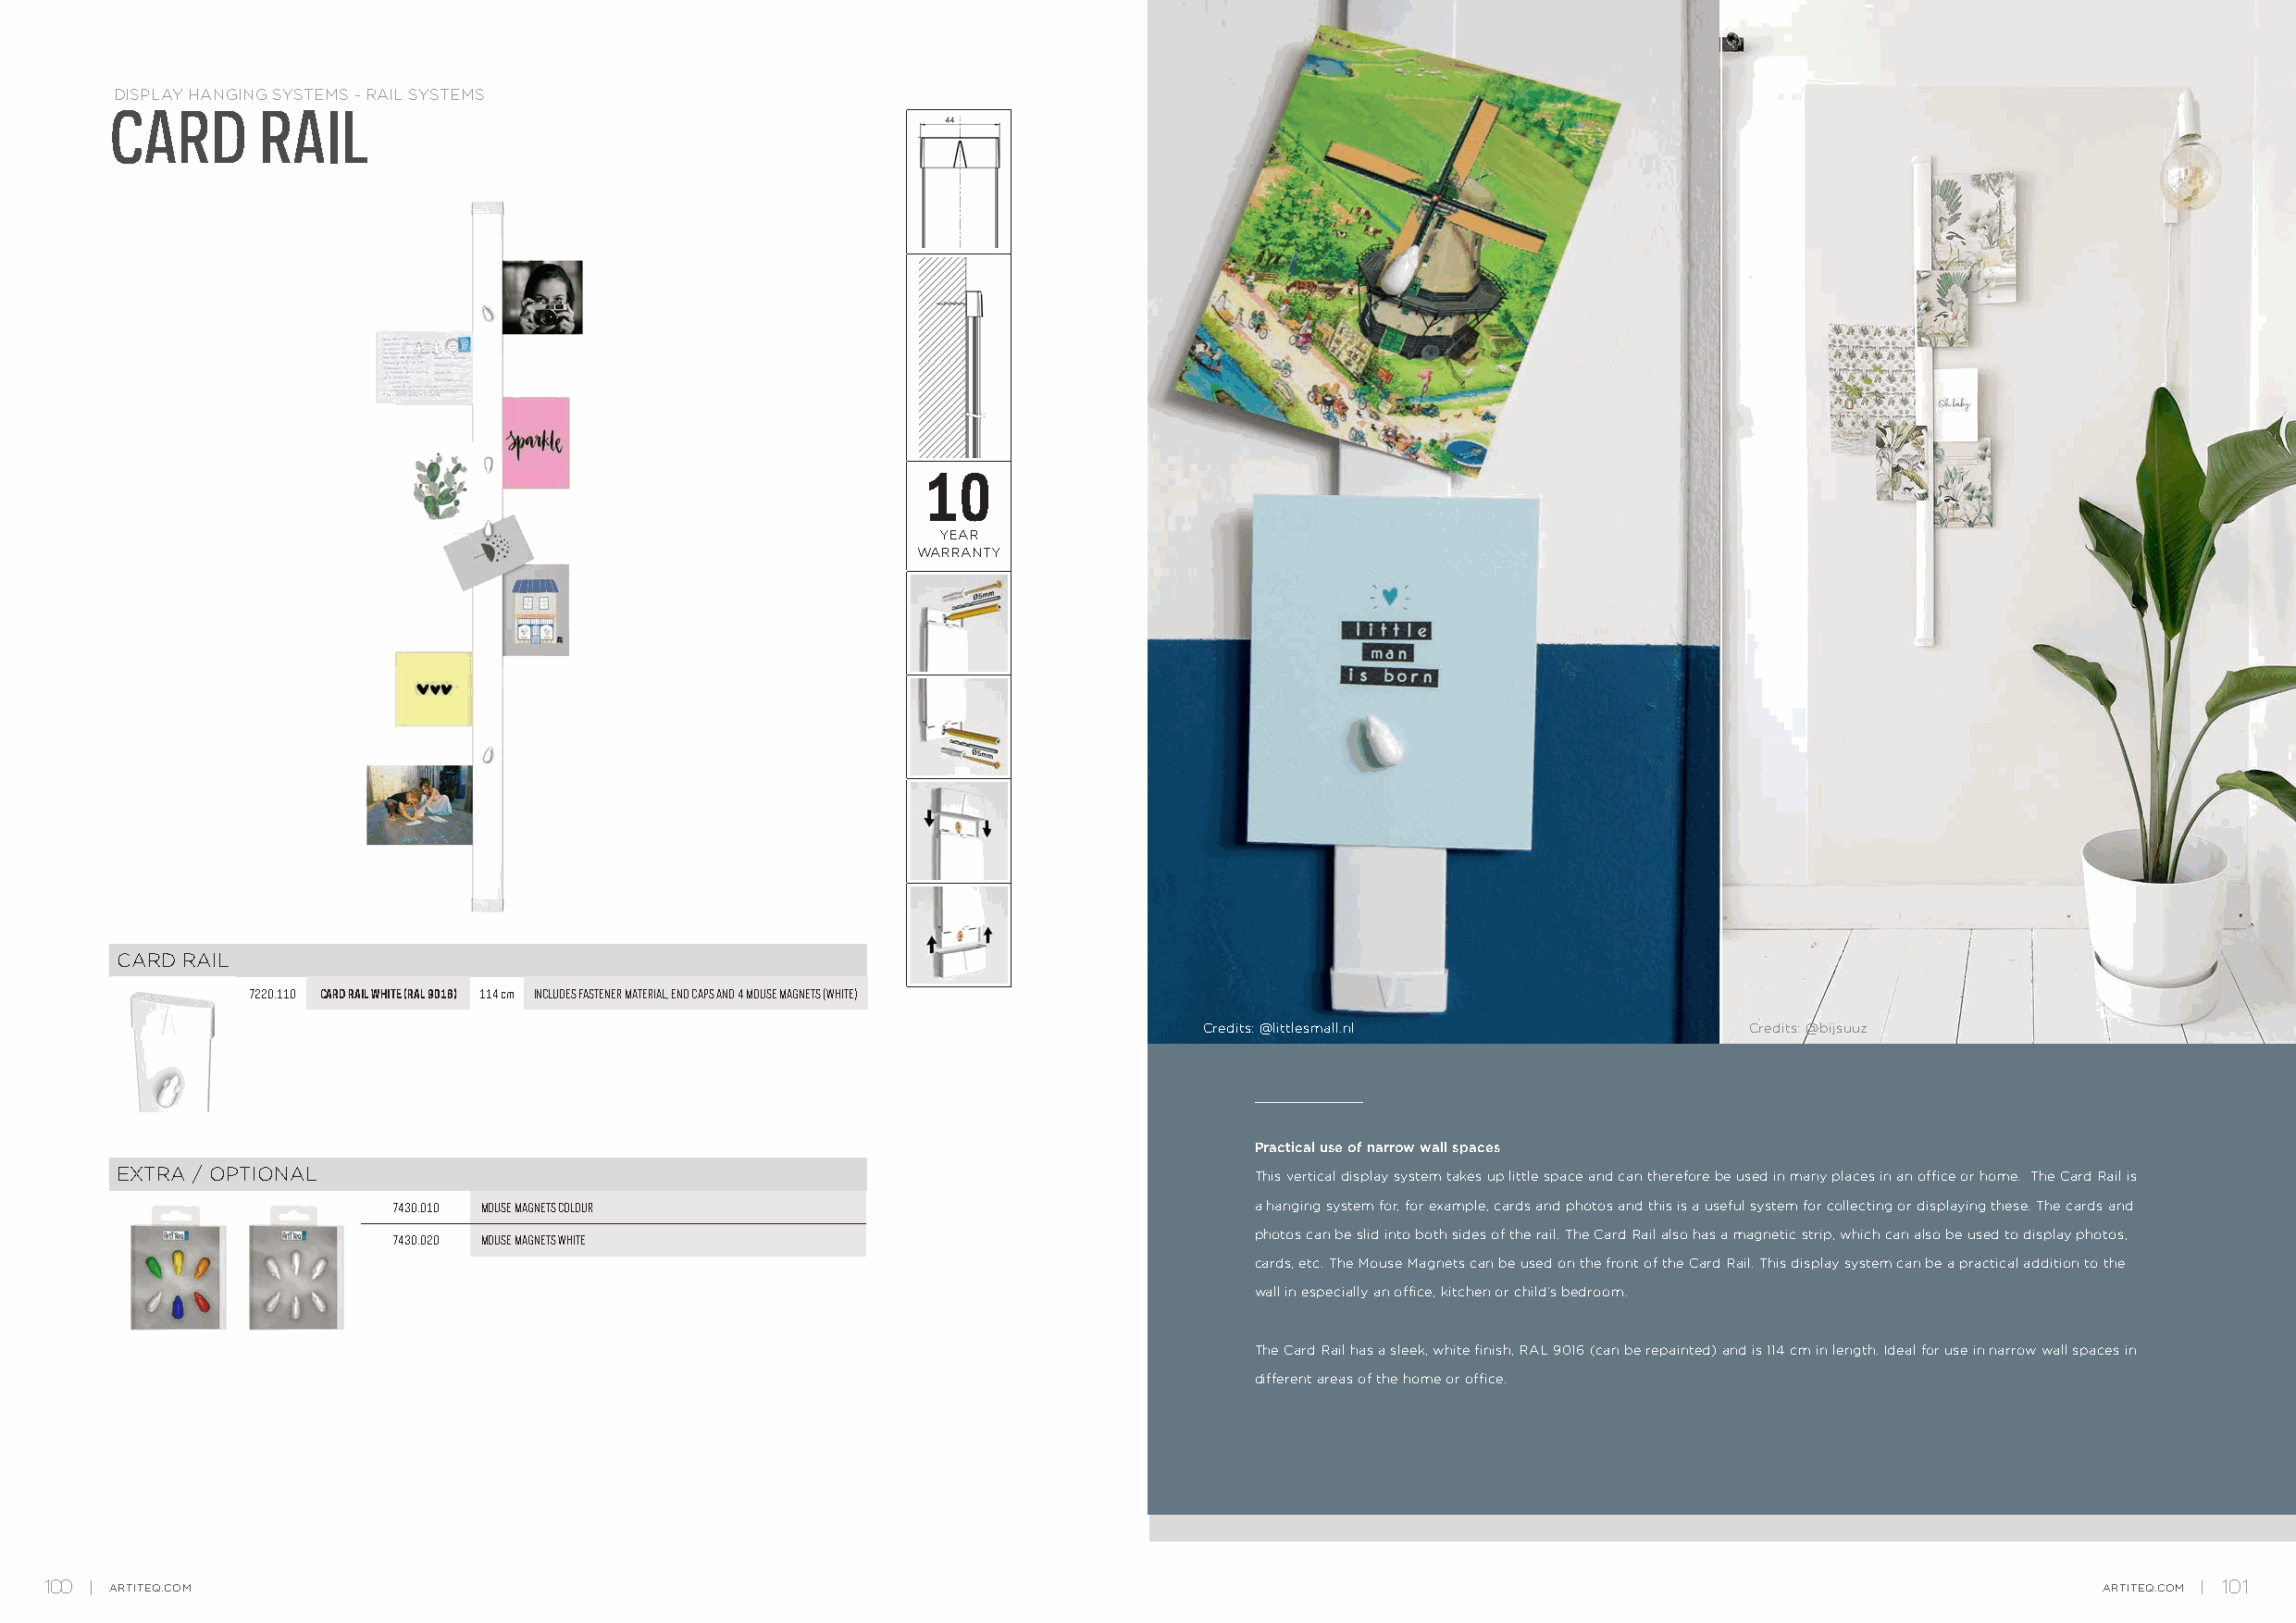
DISPLAY HANGING SYSTEMS - RAIL SYSTEMS
 CARD       RAIL
 10
 YEAR
 WARRANTY
 CARD RAIL
 7220.110 CARD RAIL WHITE (RAL 9016) 114 cm INCLUDES FASTENER MATERIAL, END CAPS AND 4 MOUSE MAGNETS (WHITE)
 Credits: @littlesmall.nl               Credits: @bijsuuz
 Practical use of narrow wall spaces
 EXTRA / OPTIONAL                                                                  This vertical display system takes up little space and can therefore be used in many places in an office or home. The Card Rail is
 7430.010 MOUSE MAGNETS COLOUR                                 a hanging system for, for example, cards and photos and this is a useful system for collecting or displaying these. The cards and
 photos can be slid into both sides of the rail. The Card Rail also has a magnetic strip, which can also be used to display photos,
 7430.020 MOUSE MAGNETS WHITE
 cards, etc. The Mouse Magnets can be used on the front of the Card Rail. This display system can be a practical addition to the
 wall in especially an office, kitchen or child’s bedroom.
 The Card Rail has a sleek, white finish, RAL 9016 (can be repainted) and is 114 cm in length. Ideal for use in narrow wall spaces in
 different areas of the home or office.
 100  ARTITEQ.COM                                                                                                                                   ARTITEQ.COM 101